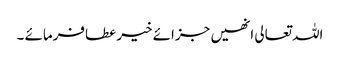
اللہ تعالی انھیں جزائے خیر عطافرمائے ۔